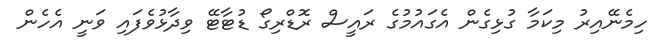
ހިމެނޭއިރު މިކަމާ ގުޅިގެން އެގައުމުގެ ރައީސް ރޮޑްރިގޯ ޑުޓާޓޭ ވިދާޅުވެފައި ވަނީ އެހެން